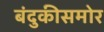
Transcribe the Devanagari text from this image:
बंदुकीसमोर